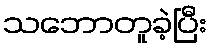
သဘောတူခဲ့ပြီး